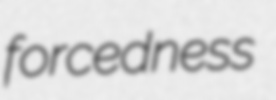
forcedness